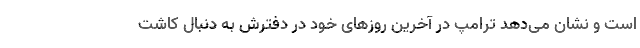
است و نشان می‌‌دهد ترامپ در آخرین روزهای خود در دفترش به دنبال کاشت